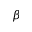
\beta